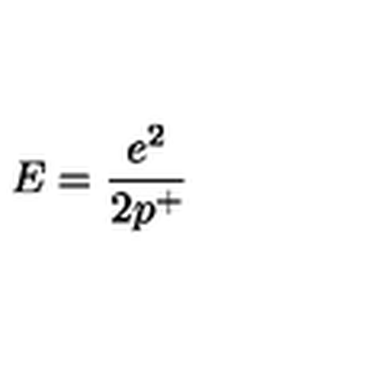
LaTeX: E = \frac { e ^ { 2 } } { 2 p ^ { + } }